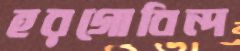
হরগোবিন্দ